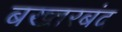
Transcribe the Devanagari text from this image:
बख्‍तरबंद